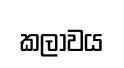
කලාවය